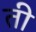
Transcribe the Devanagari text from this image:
ती